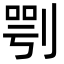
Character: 㓵